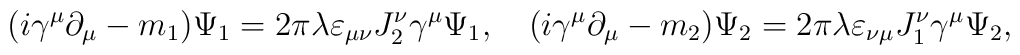
(i\gamma ^{\mu }\partial _{\mu }-m_{1})\Psi _{1}=2\pi \lambda \varepsilon_{\mu \nu }J_{2}^{\nu }\gamma ^{\mu }\Psi _{1},\quad (i\gamma ^{\mu}\partial _{\mu }-m_{2})\Psi _{2}=2\pi \lambda \varepsilon _{\nu \mu}J_{1}^{\nu }\gamma ^{\mu }\Psi _{2},